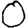
Digit: 0